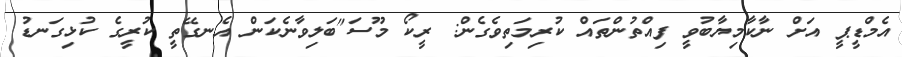
އެމްޑީޕީ އަށް ނާކާމިޔާބުވީ ފިއްތުންތައް ކުރިމަތިވެގެން: ރީކޯ މޫސަ"ބަލިވާނެކަން އެނގޭތީ ކުރީގެ ކުޅިގަނޑު